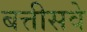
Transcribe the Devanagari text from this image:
बत्तीसवे